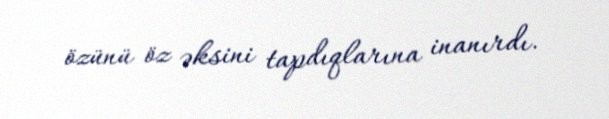
özünü öz əksini tapdıqlarına inanırdı.